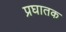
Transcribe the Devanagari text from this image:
प्रघातक